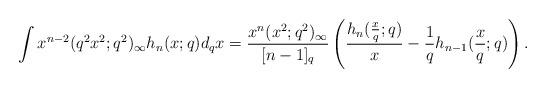
LaTeX: \begin{align*} & \int x^{n-2} (q^2x^2;q^2)_\infty h_n(x;q) d_qx=\frac{ x^{n}(x^2;q^2)_\infty}{[n-1]_q} \left(\frac{h_n(\frac{x}{q};q)}{x}- \frac{1}{q}h_{n-1}(\frac{x}{q};q) \right). \end{align*}